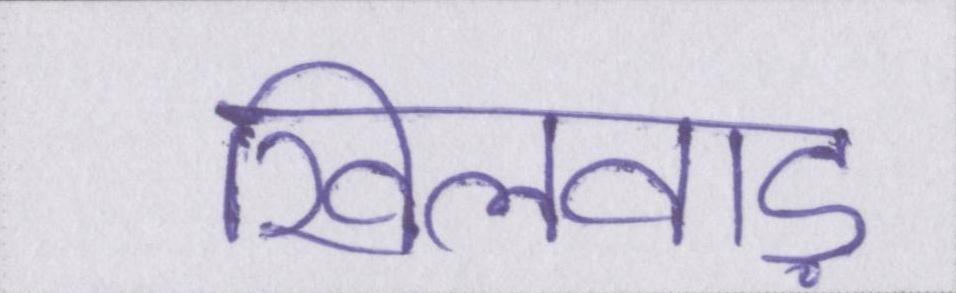
खिलवाड़